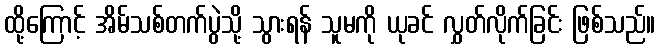
ထို့ကြောင့် အိမ်သစ်တက်ပွဲသို့ သွားရန် သူမကို ယုခင် လွှတ်လိုက်ခြင်း ဖြစ်သည်။